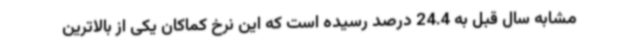
مشابه سال قبل به 24.4 درصد رسیده است که این نرخ کماکان یکی از بالاترین